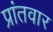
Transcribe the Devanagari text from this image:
प्रांतवार